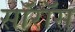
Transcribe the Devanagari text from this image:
सॉरॉस